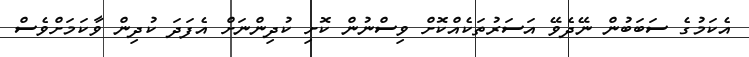
އެކަމުގެ ސަބަބުން ނޭދެވޭ އަސަރުތަކެއްކޮށް ވިސްނުން ކޮށި ކުދިންނަށް އެފަދަ ކުދިން ވާކަމަށްވެސް